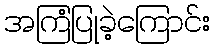
အကြံပြုခဲ့ကြောင်း